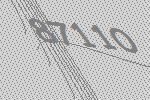
87110